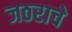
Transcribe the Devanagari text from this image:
जठराचे